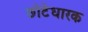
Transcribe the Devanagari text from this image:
छोटेधारक